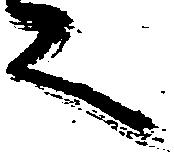
言